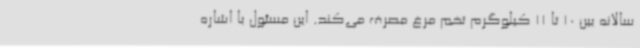
سالانه بین 10 تا 11 کیلوگرم تخم مرغ مصرف می‌کند. این مسئول با اشاره